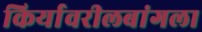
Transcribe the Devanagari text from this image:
किर्यावरीलबांगला